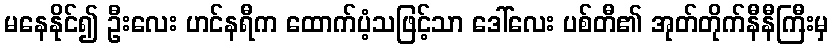
မနေနိုင်၍ ဦးလေး ဟင်နရီက ထောက်ပံ့သဖြင့်သာ ဒေါ်လေး ပစ်တီ၏ အုတ်တိုက်နီနီကြီးမှ